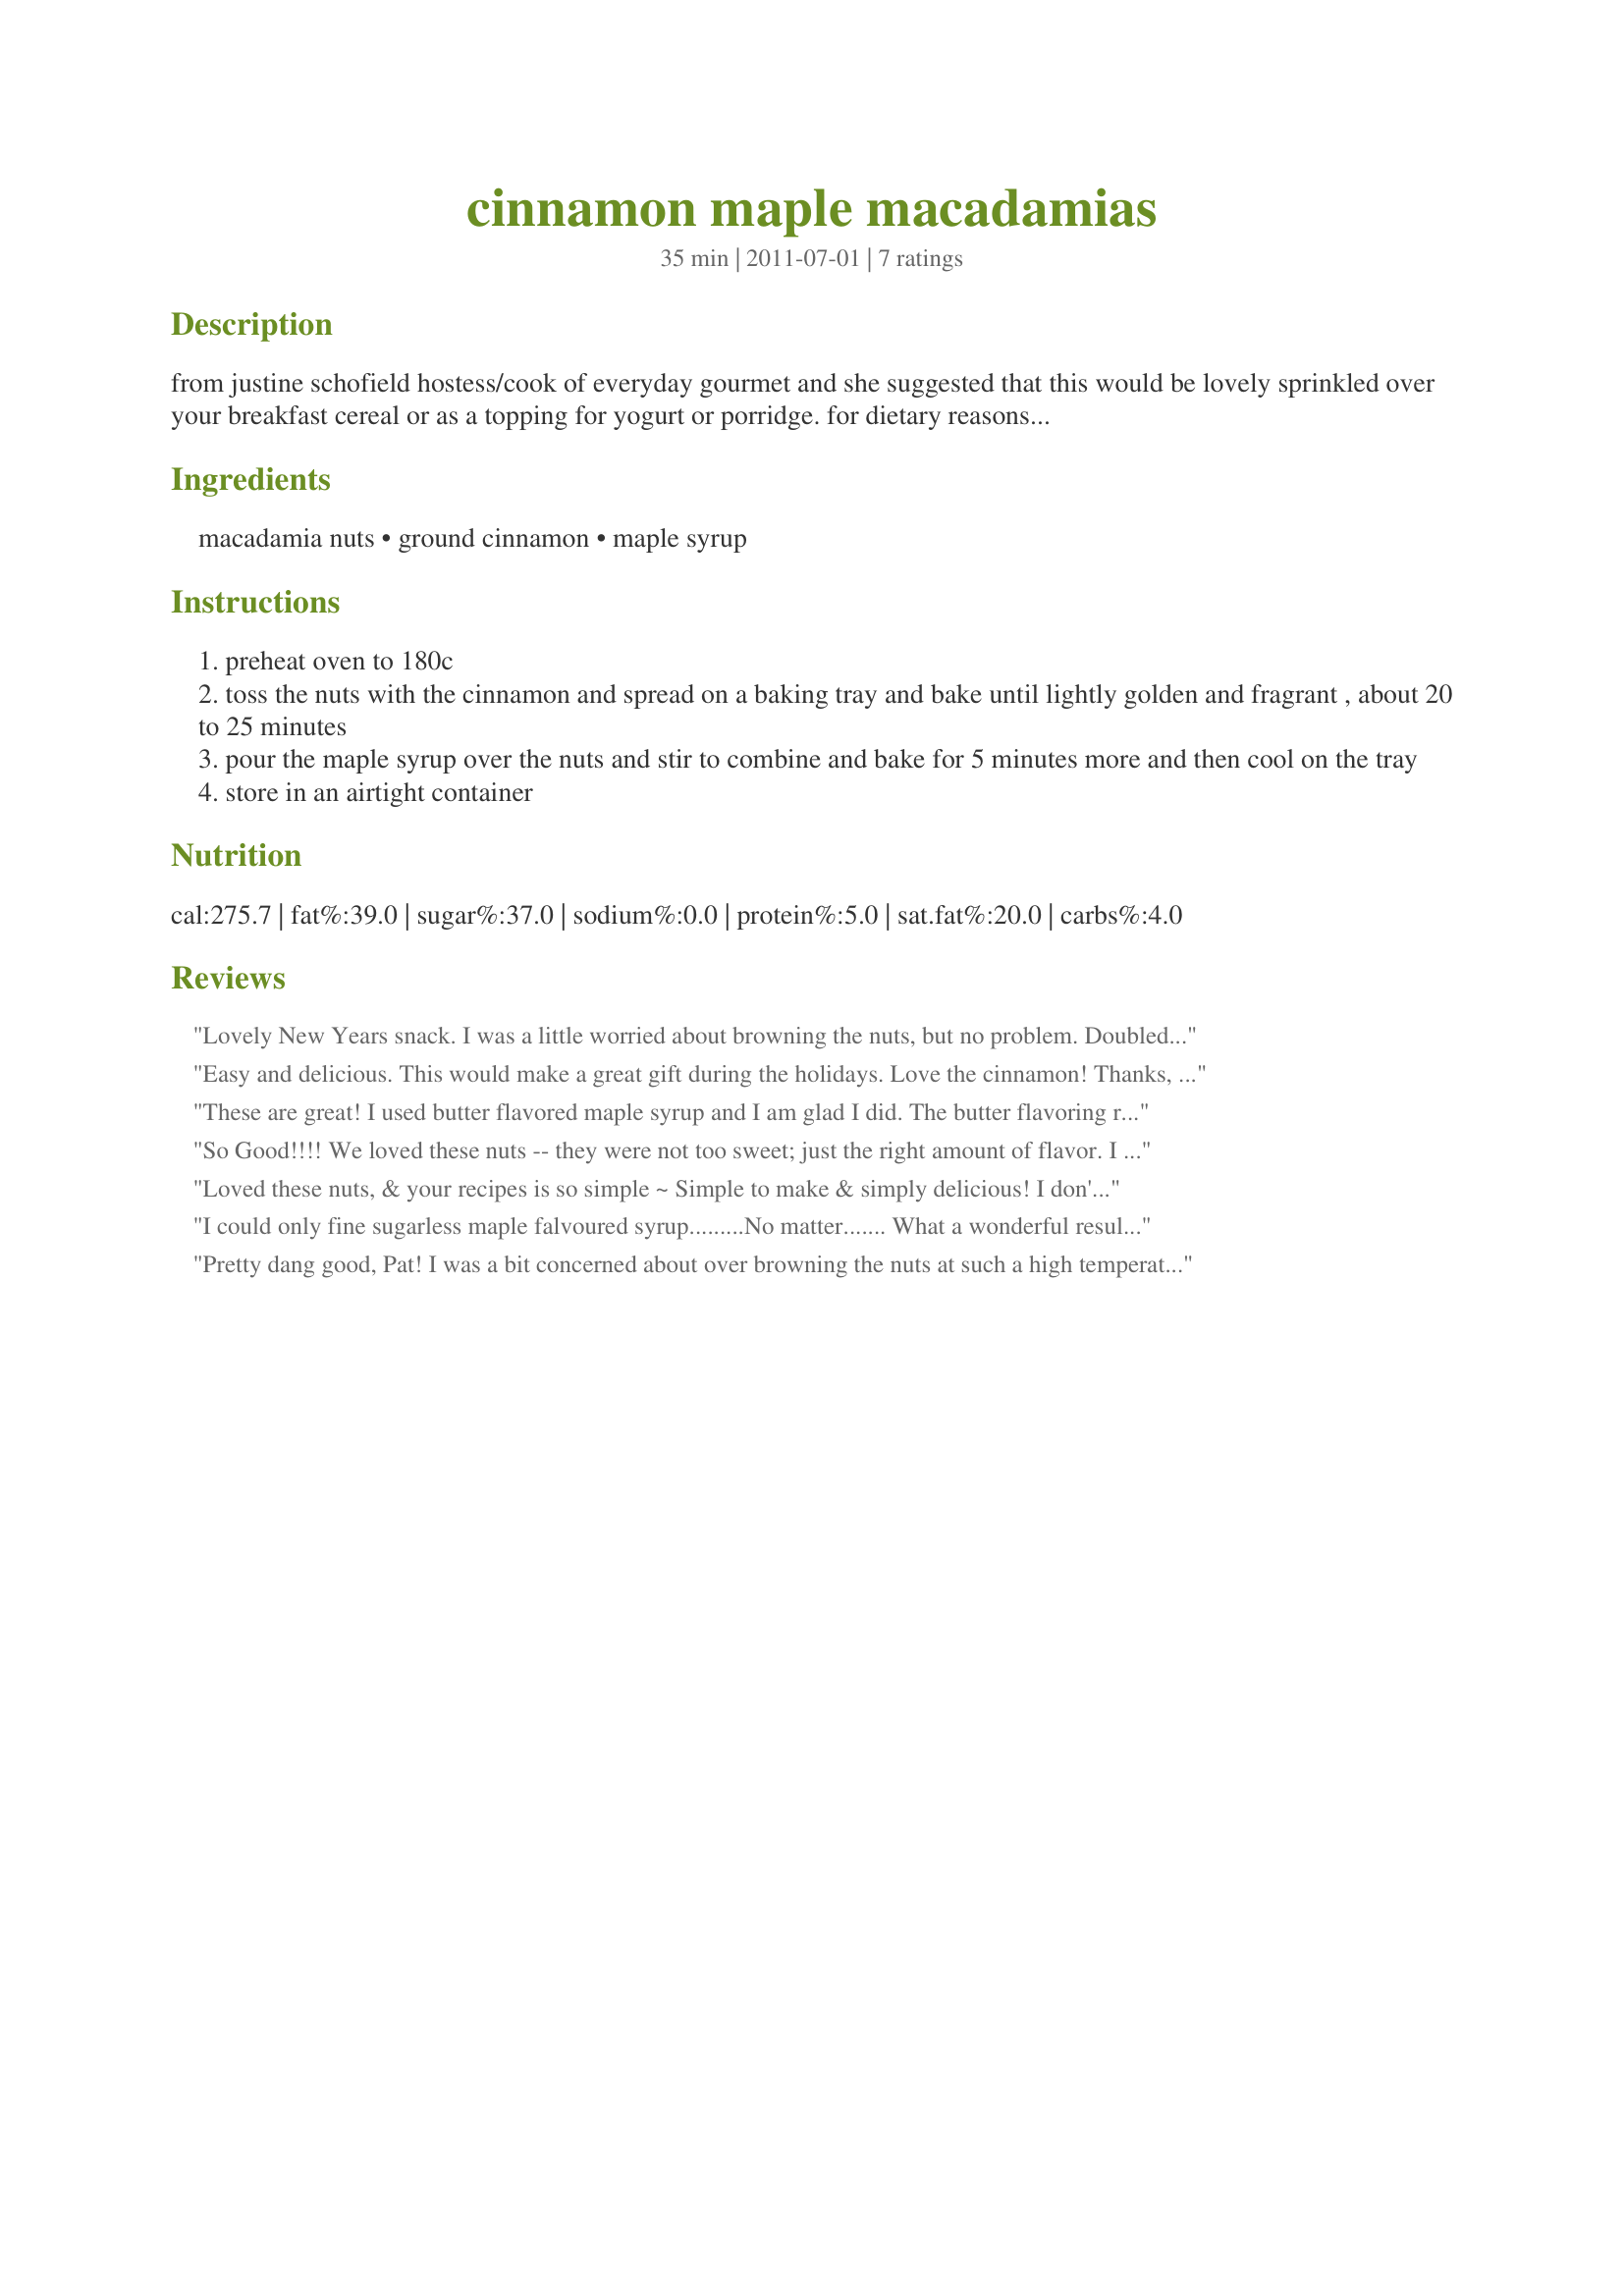
cinnamon maple macadamias
Preparation time: 35 minutes

from justine schofield hostess/cook of everyday gourmet and she suggested that this would be lovely sprinkled over your breakfast cereal or as a topping for yogurt or porridge. for dietary reasons i would use sugar free maple syrup to make it diabetic friendly.

Ingredients:
macadamia nuts, ground cinnamon, maple syrup

Steps:
preheat oven to 180c
toss the nuts with the cinnamon and spread on a baking tray and bake until lightly golden and fragrant , about 20 to 25 minutes
pour the maple syrup over the nuts and stir to combine and bake for 5 minutes more and then cool on the tray
store in an airtight container

Reviews:
Lovely New Years snack. I was a little worried about browning the nuts, but no problem. Doubled the recipe as we enjoyed on New Years Eve. Great flavoring. Made for PRMR tag
Easy and delicious. This would make a great gift during the holidays. Love the cinnamon! Thanks, I&#039;mPat. Made for Aussie Kiwi Recipe Swap #74.
These are great! I used butter flavored maple syrup and I am glad I did. The butter flavoring really added to it.
So Good!!!! We loved these nuts -- they were not too sweet; just the right amount of flavor. I cooked these nuts at 325 degrees and only left them in about 10 minutes the first time as my oven cooks a little too hot. These nuts will make a great addition to my holiday table and any time I want a great snack. Made for Everyday is a Holiday tag, November, 2011.
Loved these nuts, & your recipes is so simple ~ Simple to make & simply delicious! I don't remember every having macadamia nuts this way, but I plan to be making them again, for sure! Thanks for sharing the recipe! [Made & reviewed as a THANK YOU for playing with us in Please Review My Recipe during the recent tour]
I could only fine sugarless maple falvoured syrup.........No matter.......<br/> What a wonderful result!<br/>I probably did remove them from the oven a little early............No prob's these were still awesome not to mention sugar free!<br/>Thanks Pat for an awesome recipe.................... I am a little afraid DH will not get any of these as DD has her eye on them!<br/>Now to see who is the first to use them!!! lol
Pretty dang good, Pat! I was a bit concerned about over browning the nuts at such a high temperature (350F for me), so I reduced the initial cook time from 20 to 10 minutes. After drizzling the syrup, I returned to the oven for 5 minutes, and VOILA! They made a great topping for our ice cream, and I think they will be good, sprinkled over some yogurt. Don't worry, I'll think of plenty of things to do with them! Thanks for sharing, Pat!
